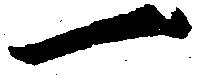
一